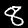
Label: 8